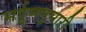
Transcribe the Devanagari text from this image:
मर्दुमषुमारी